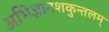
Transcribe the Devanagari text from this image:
अभिज्ञानशकुन्तलम्